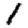
Digit: 1